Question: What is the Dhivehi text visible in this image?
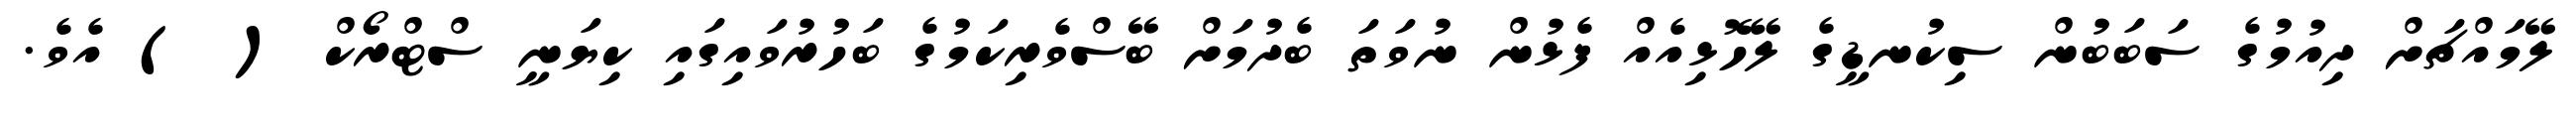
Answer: ލޭމައްޗަށް ދިއުމުގެ ސަބަބުން ސިކުނޑީގެ ލޭހޮޅިއެއް ފެޅުން ނުވަތަ ބެދުމަށް ބޭސްވެރިކަމުގެ ބަހުރުވައިގައި ކިޔަނީ ސްޓްރޯކް ( ) އެވެ.